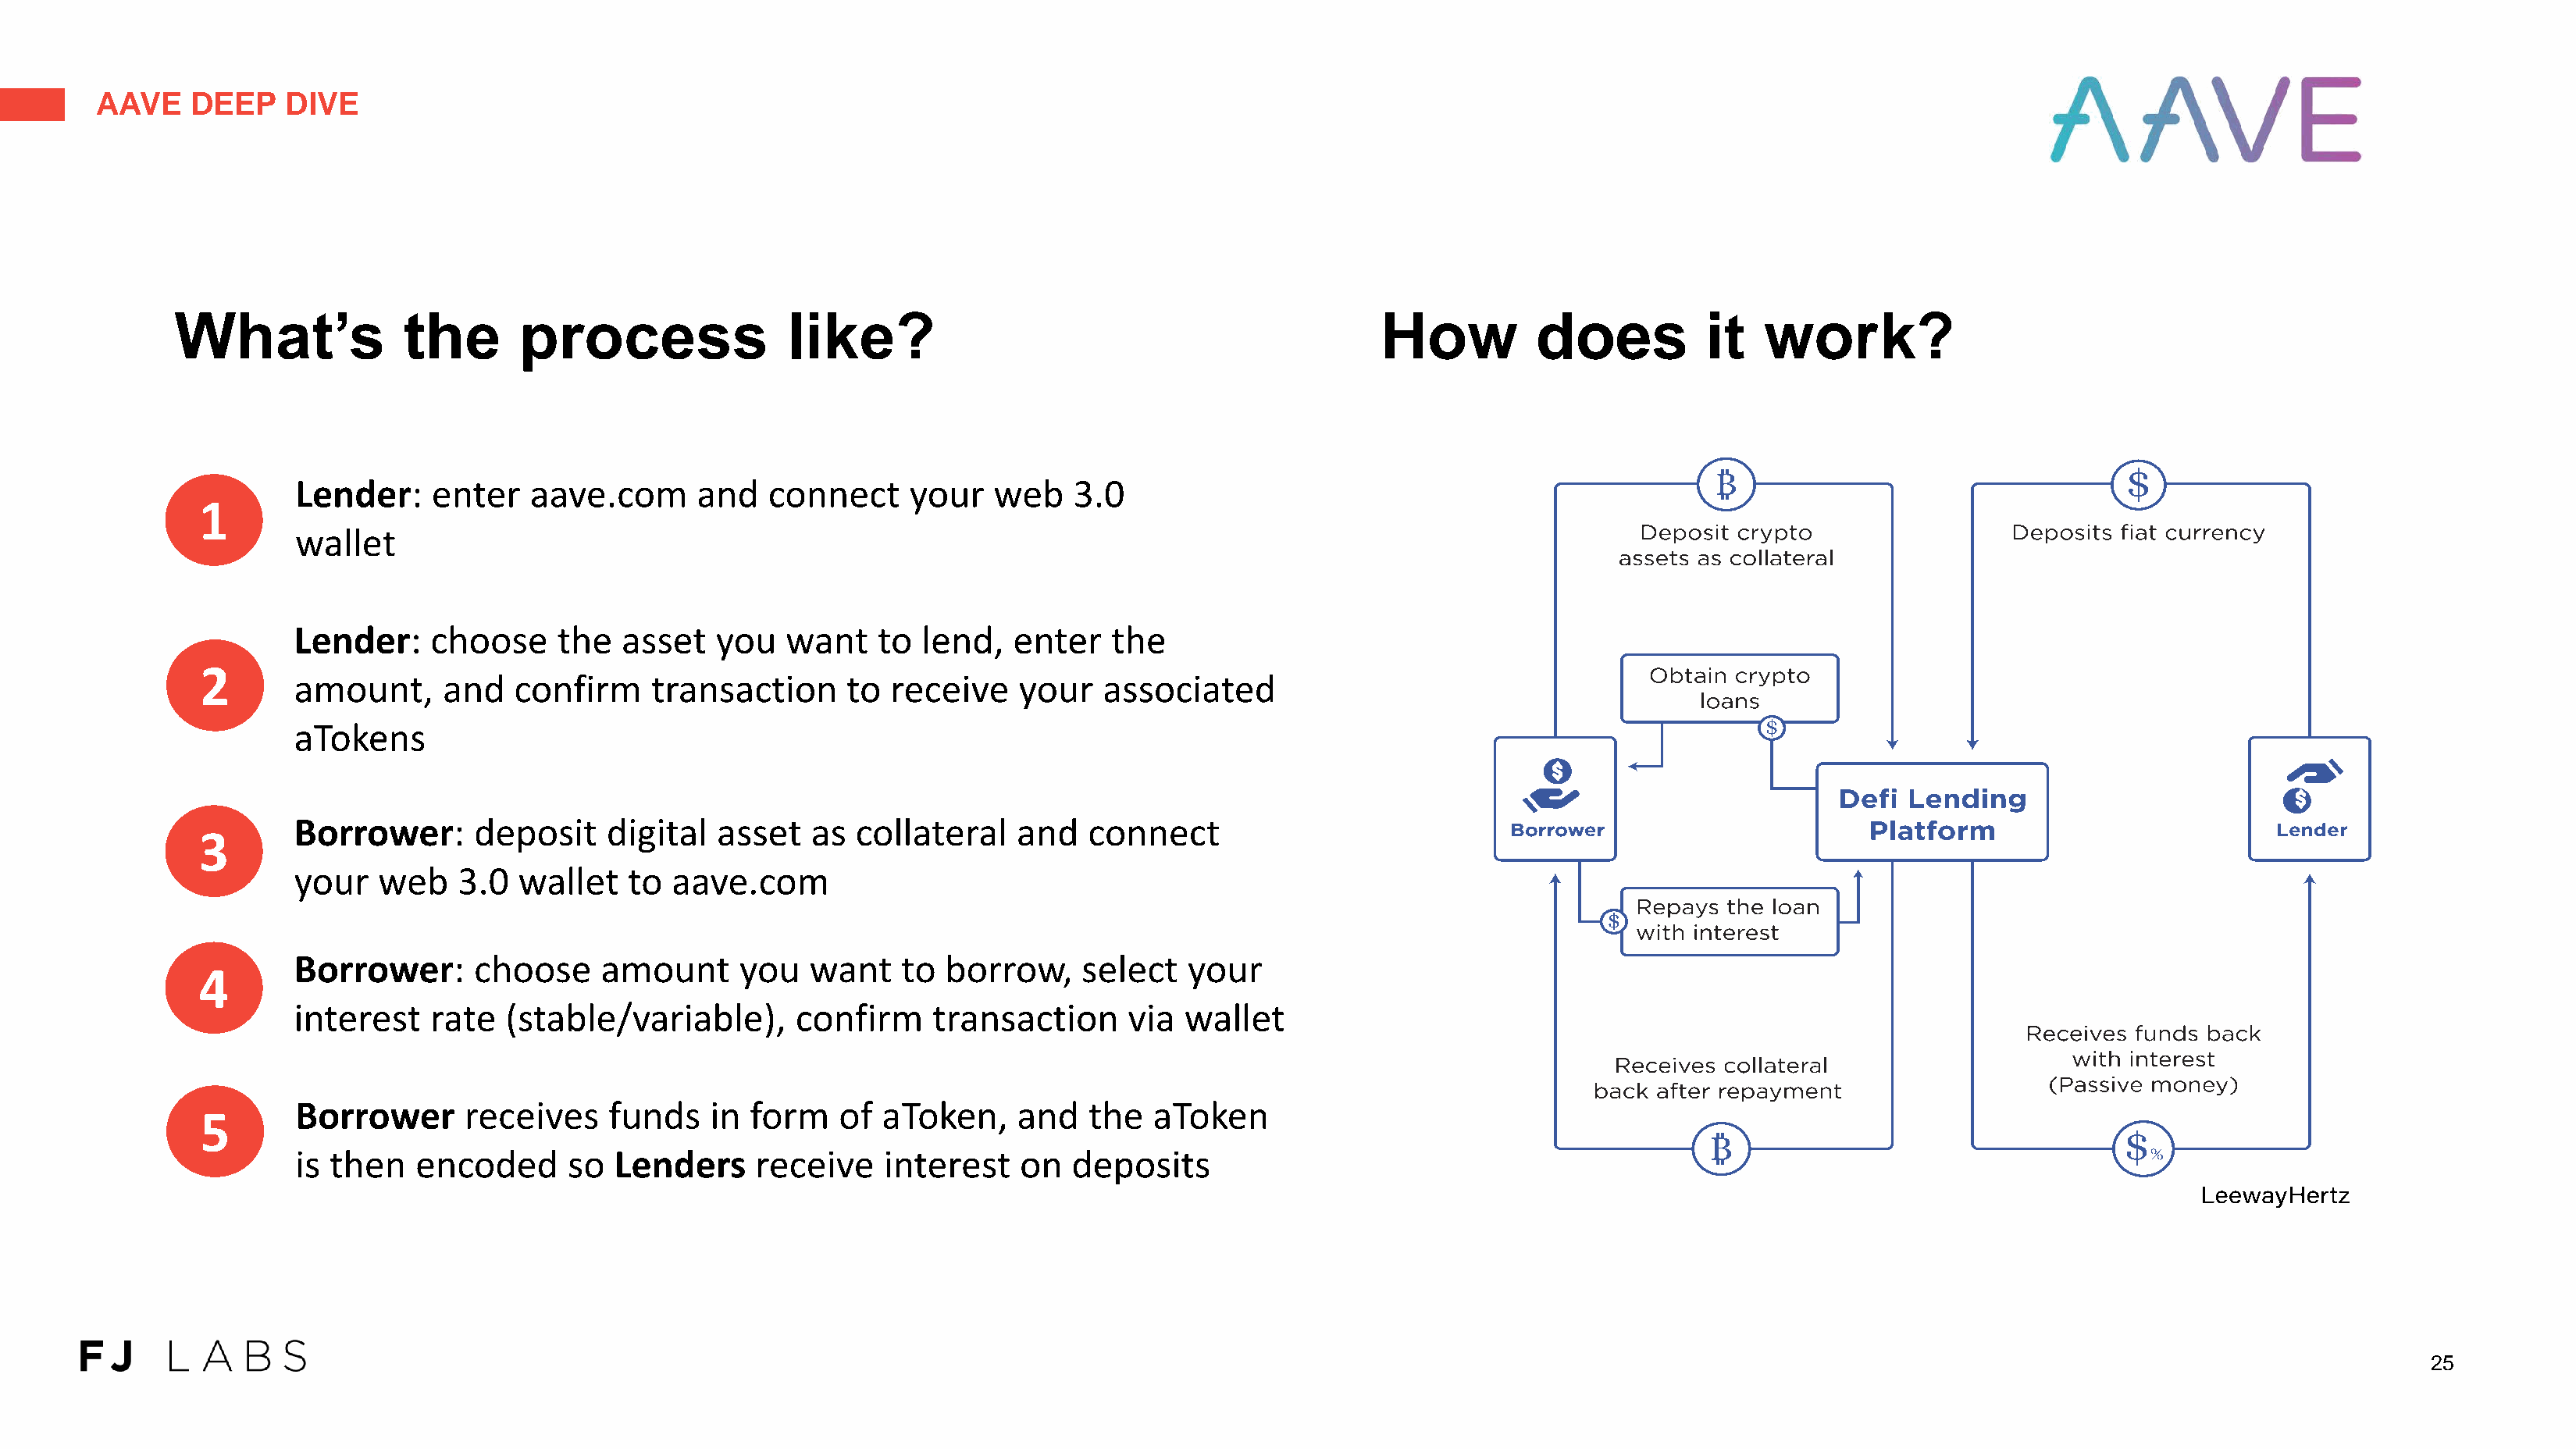
AAVE    DEEP    DIVE
 What’s             the       process                like?                                             How          does           it   work?
 Lender:     enter   aave.com      and   connect     your   web    3.0
 1
 wallet
 Lender:    choose     the   asset   you   want   to  lend,   enter   the
 2
 amount,      and   confirm    transaction      to receive    your   associated
 aTokens
 Borrower:      deposit    digital   asset   as  collateral   and   connect
 3
 your   web    3.0  wallet   to  aave.com
 Borrower:      choose     amount      you   want   to  borrow,     select   your
 4
 interest   rate   (stable/variable),      confirm     transaction      via wallet
 Borrower      receives     funds   in  form   of  aToken,    and   the   aToken
 5
 is then   encoded      so  Lenders     receive    interest   on   deposits
 25